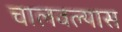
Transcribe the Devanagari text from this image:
चालवल्यास